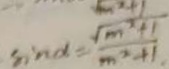
\sin \alpha = \frac { \sqrt { m ^ { 2 } + 1 } } { m ^ { 2 } + 1 }